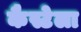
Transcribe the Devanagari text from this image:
कैस्टेला